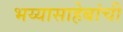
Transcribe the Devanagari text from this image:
भय्यासाहेबांची